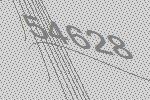
54628